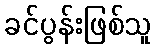
ခင်ပွန်းဖြစ်သူ